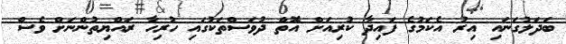
ބަދަލުގަނައި އިރު އެކަމުގެ ފައިދާ ކުރިއަށް އޮތް ދުވަސްތަކުގައި ހުރިހާ ރައްޔިތުންނަށް ވެސް